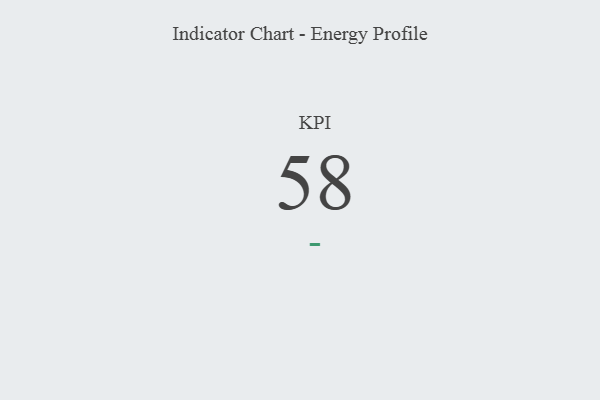
{"axis": {"x": "KPI", "y": "Value"}, "legend": [""], "data": [{"x": "KPI", "y": 58, "type": ""}]}